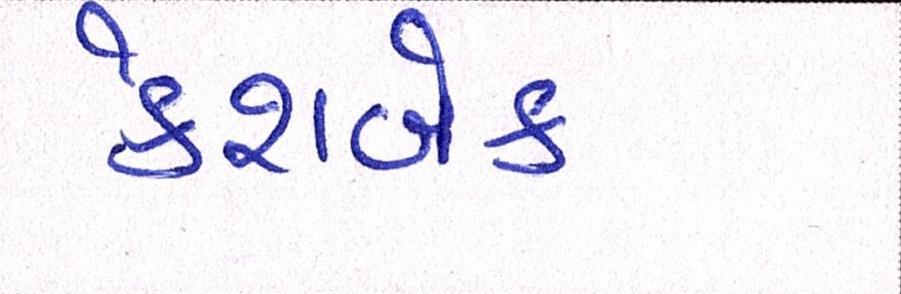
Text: કેશબેક